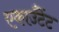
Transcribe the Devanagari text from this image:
एकाउँटेंट